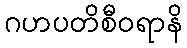
ဂဟပတိစီဝရာနိ